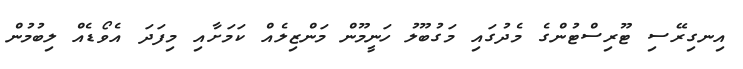
އިނގިރޭސި ޓޫރިސްޓުންގެ މެދުގައި މަގުބޫލު ހަނީމޫން މަންޒިލެއް ކަމަށާއި މިފަދަ އެވޯޑެއް ލިބުމުން